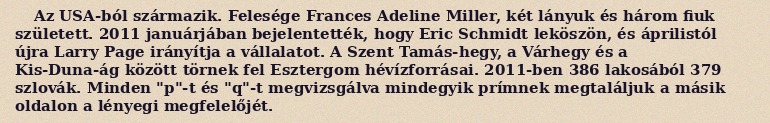
Az USA-ból származik. Felesége Frances Adeline Miller, két lányuk és három fiuk született. 2011 januárjában bejelentették, hogy Eric Schmidt leköszön, és áprilistól újra Larry Page irányítja a vállalatot. A Szent Tamás-hegy, a Várhegy és a Kis-Duna-ág között törnek fel Esztergom hévízforrásai. 2011-ben 386 lakosából 379 szlovák. Minden "p"-t és "q"-t megvizsgálva mindegyik prímnek megtaláljuk a másik oldalon a lényegi megfelelőjét.